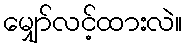
မျှော်လင့်ထားလဲ။